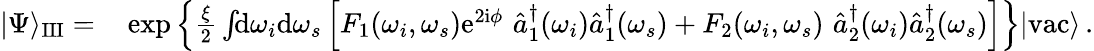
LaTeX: \begin{array}{rl}{|\Psi\rangle_{\mathrm{III}}=}&{{}\exp\left\{ \frac{\xi}{2}\int\! \! \mathrm{d}\omega_{i}\mathrm{d}\omega_{s}\left[F_{1}(\omega_{i},\omega_{s})\mathrm{e}^{2\mathrm{i}\phi}\, \, \hat{a}_{1}^{\dagger}(\omega_{i})\hat{a}_{1}^{\dagger}(\omega_{s})+F_{2}(\omega_{i},\omega_{s})\, \, \hat{a}_{2}^{\dagger}(\omega_{i})\hat{a}_{2}^{\dagger}(\omega_{s})\right]\right\} |\mathrm{vac}\rangle\, .}\end{array}